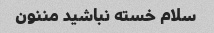
سلام خسته نباشید مننون